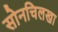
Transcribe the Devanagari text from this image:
सोनचिलखा